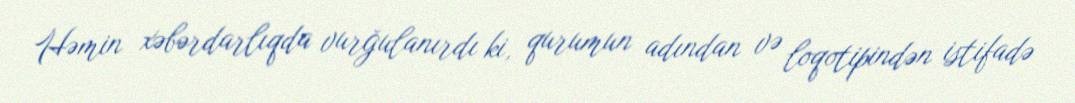
Həmin xəbərdarlıqda vurğulanırdı ki, qurumun adından və loqotipindən istifadə